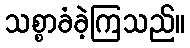
သစ္စာခံခဲ့ကြသည်။